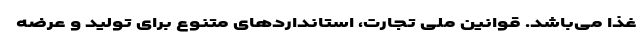
غذا می‌باشد. قوانین ملی تجارت، استانداردهای متنوع برای تولید و عرضه